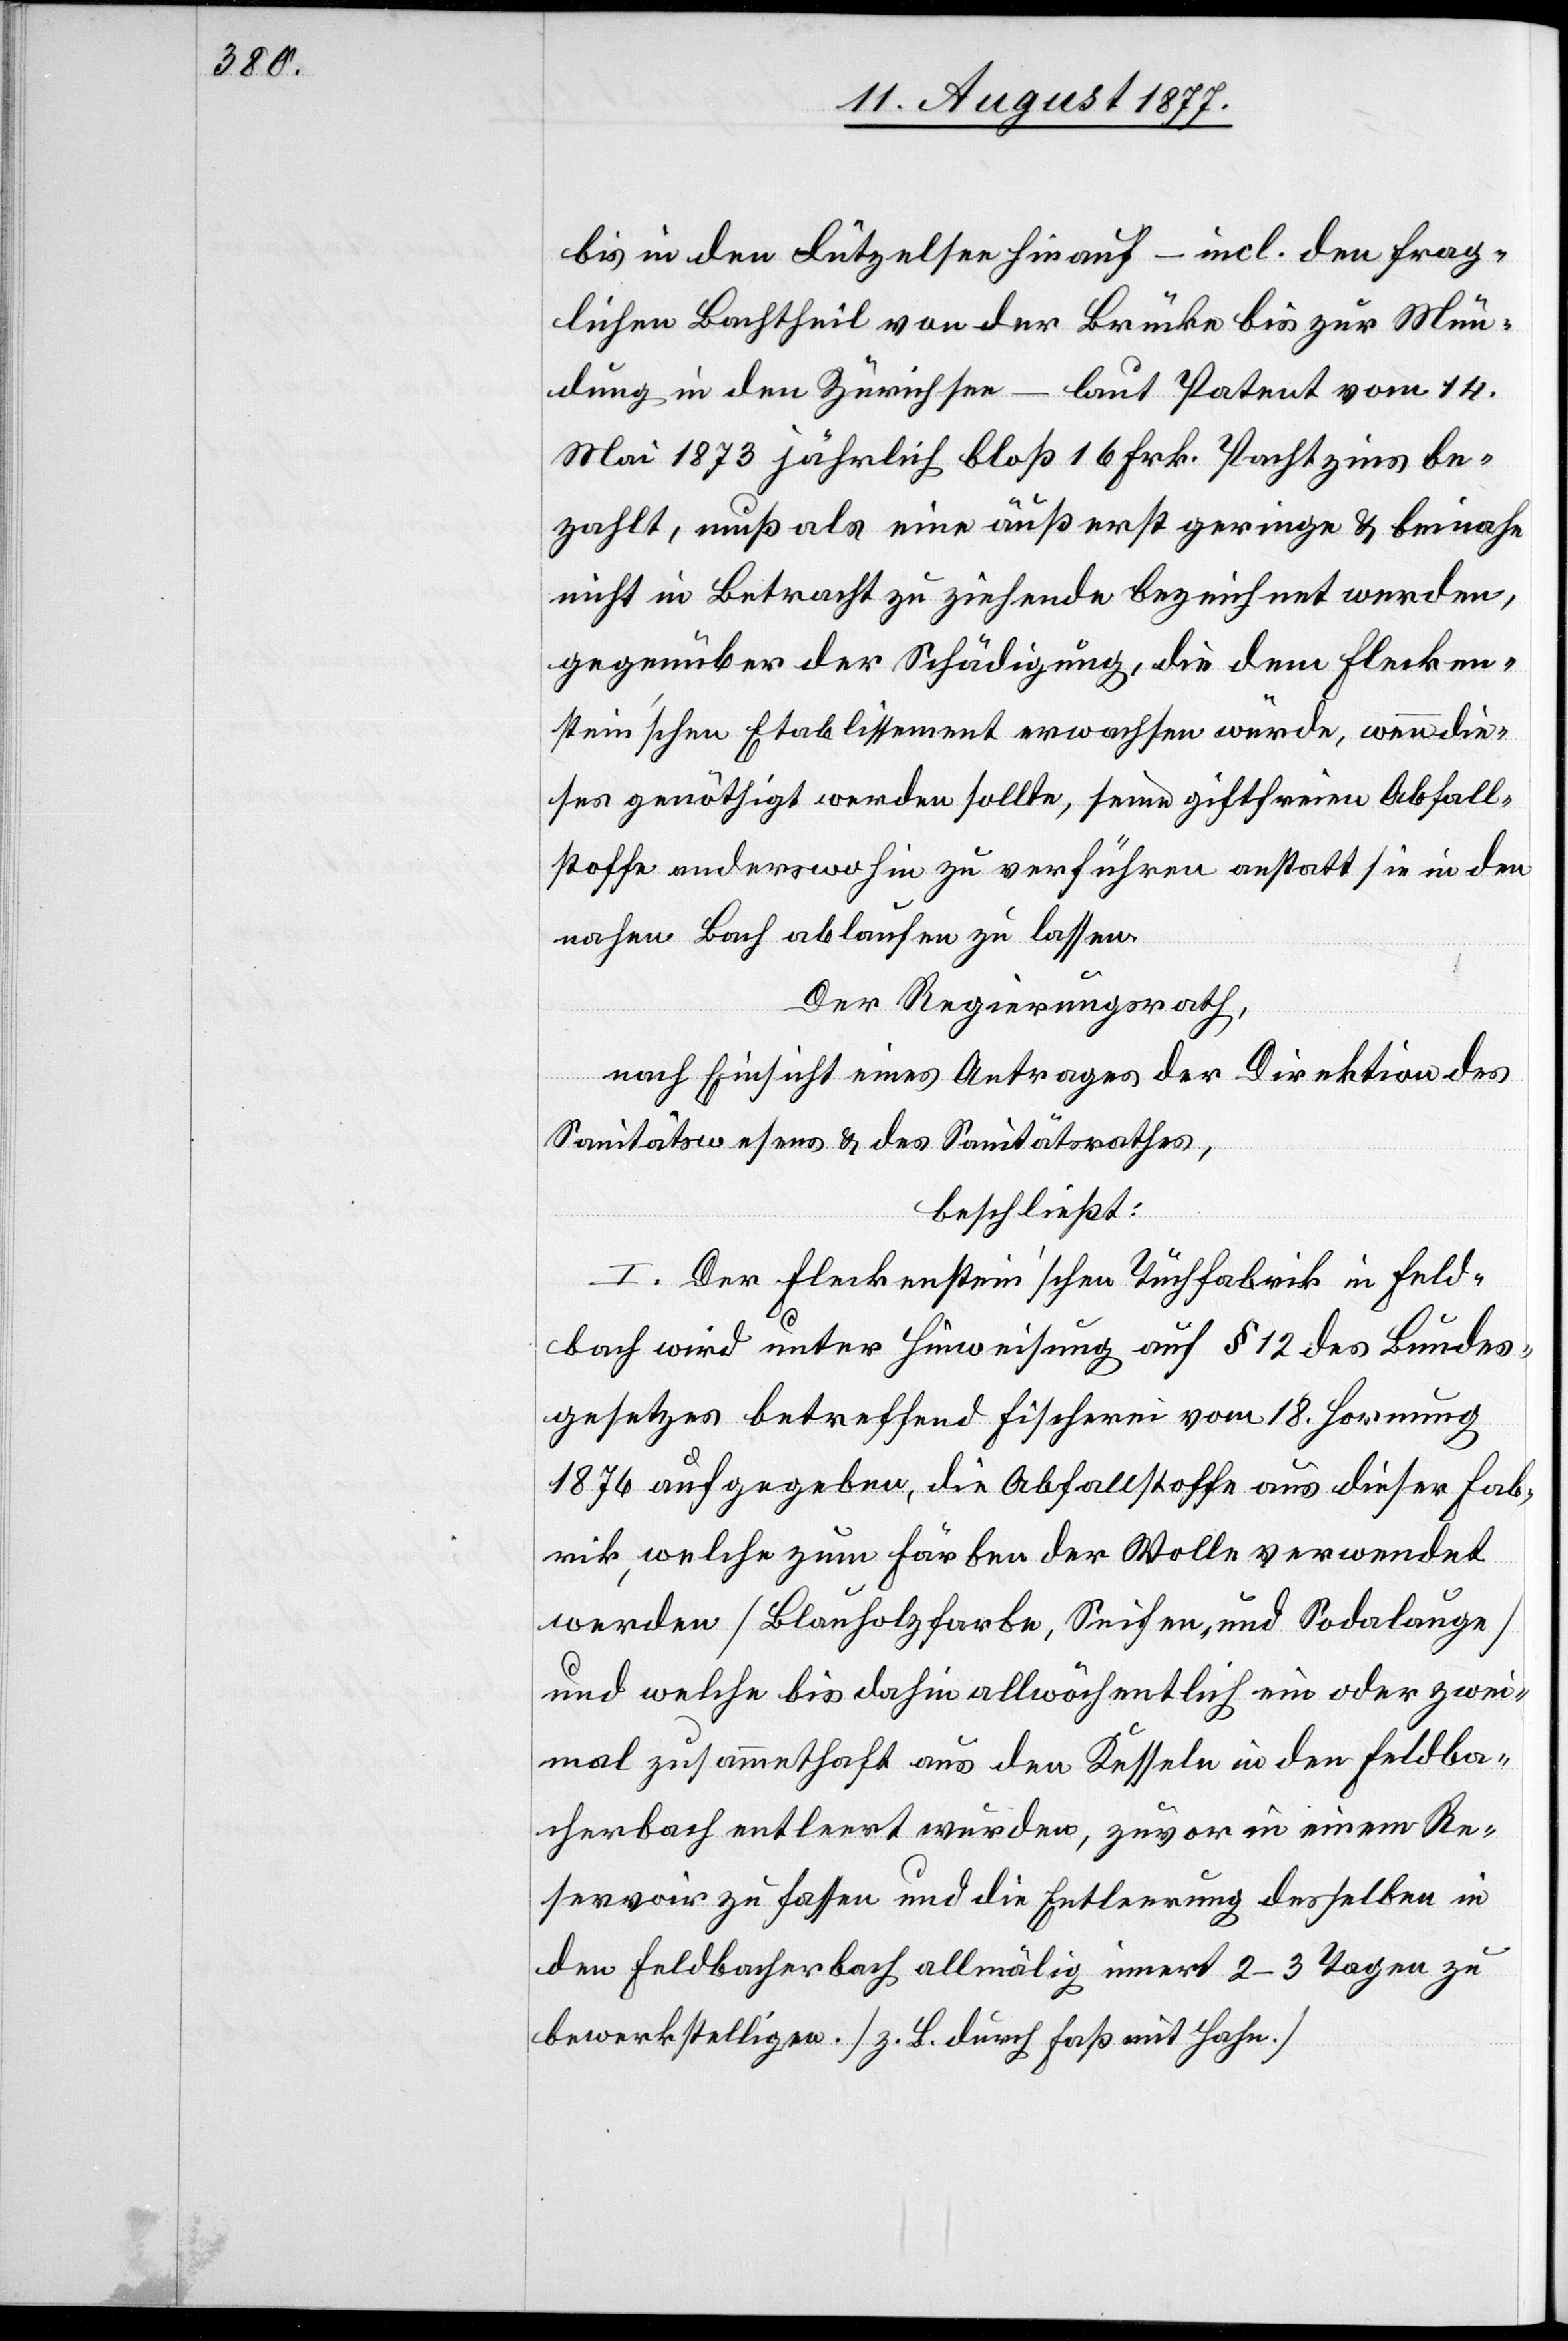
bis in den Lützelsee hinauf – incl. den frag¬
lichen Bachtheil von der Brücke bis zur Mün¬
dung in den Zürichsee – laut Patent vom 14.
Mai 1873 jährlich bloß 16 Frk. Pachtzins be¬
zahlt, muß als eine äußerst geringe & beinahe
nicht in Betracht zu ziehende bezeichnet werden,
gegenüber der Schädigung, die dem Flecken¬
stein’schen Etablissement erwachsen würde, wenn die¬
ses genöthigt werden sollte, seine giftfreien Abfall¬
stoffe anderswohin zu verführen anstatt sie in den
nahen Bach ablaufen zu lassen.
Der Regierungsrath,
nach Einsicht eines Antrages der Direktion des
Sanitätswesens & des Sanitätsrathes,
beschließt:
I. Der Fleckenstein’schen Tuchfabrik in Feld¬
bach wird unter Hinweisung auf § 12 des Bundes¬
gesetzes betreffend Fischerei vom 18. Hornung
1876 aufgegeben, die Abfallstoffe aus dieser Fab¬
rik, welche zum Färben der Wolle verwendet
werden [Blauholzfarbe, Seifen- und Sodalauge]
und welche bis dahin allwöchentlich ein oder zwei¬
mal zusammethaft aus den Kesseln in den Feldba¬
cherbach entleert wurden, zuvor in einem Re¬
servoir zu fassen und die Entleerung desselben in
den Feldbacherbach allmälig innert 2–3 Tagen zu
bewerkstelligen. [z. B. durch Faß mit Hahn.]